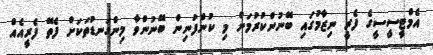
އެމްޓީސީސީގެ ފެރީ ނިޒާމުގައި ބޭނުންކުރުމަށް މި ކުންފުނިން ބޭނުންވާ މިންގަނޑުތަކަށް ފެތޭ ފެރީއެއް